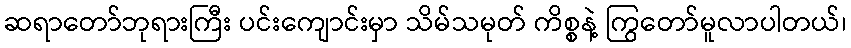
ဆရာတော်ဘုရားကြီး ပင်းကျောင်းမှာ သိမ်သမုတ် ကိစ္စနဲ့ ကြွတော်မူလာပါတယ်၊